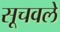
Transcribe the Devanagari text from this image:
सूचवले